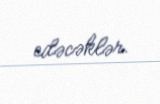
edəcəklər.